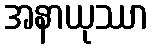
အနာယုဿာ